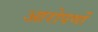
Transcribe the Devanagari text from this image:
आरोपणों